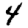
Digit: 4